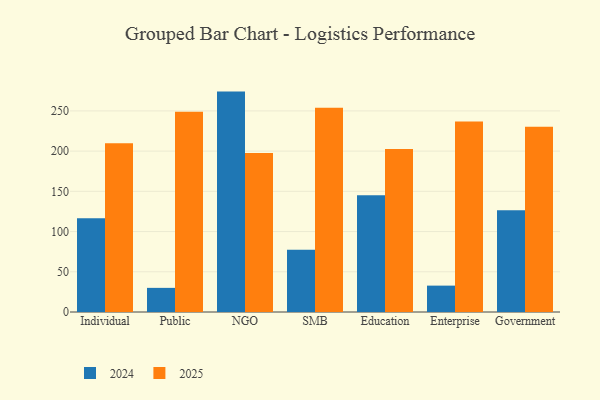
{"axis": {"x": "Segment", "y": "Customer Acquisition Cost (USD)"}, "legend": ["2024", "2025"], "data": [{"x": "Individual", "y": 209.7, "type": "2025"}, {"x": "Individual", "y": 116.4, "type": "2024"}, {"x": "Public", "y": 249.1, "type": "2025"}, {"x": "Public", "y": 30.0, "type": "2024"}, {"x": "NGO", "y": 197.6, "type": "2025"}, {"x": "NGO", "y": 274.0, "type": "2024"}, {"x": "SMB", "y": 254.0, "type": "2025"}, {"x": "SMB", "y": 77.3, "type": "2024"}, {"x": "Education", "y": 202.5, "type": "2025"}, {"x": "Education", "y": 145.0, "type": "2024"}, {"x": "Enterprise", "y": 236.7, "type": "2025"}, {"x": "Enterprise", "y": 32.8, "type": "2024"}, {"x": "Government", "y": 230.3, "type": "2025"}, {"x": "Government", "y": 126.6, "type": "2024"}]}